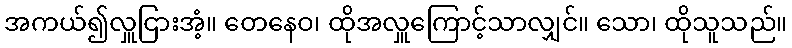
အကယ်၍လှူငြားအံ့။ တေနေဝ၊ ထိုအလှူကြောင့်သာလျှင်။ သော၊ ထိုသူသည်။